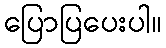
ပြောပြပေးပါ။